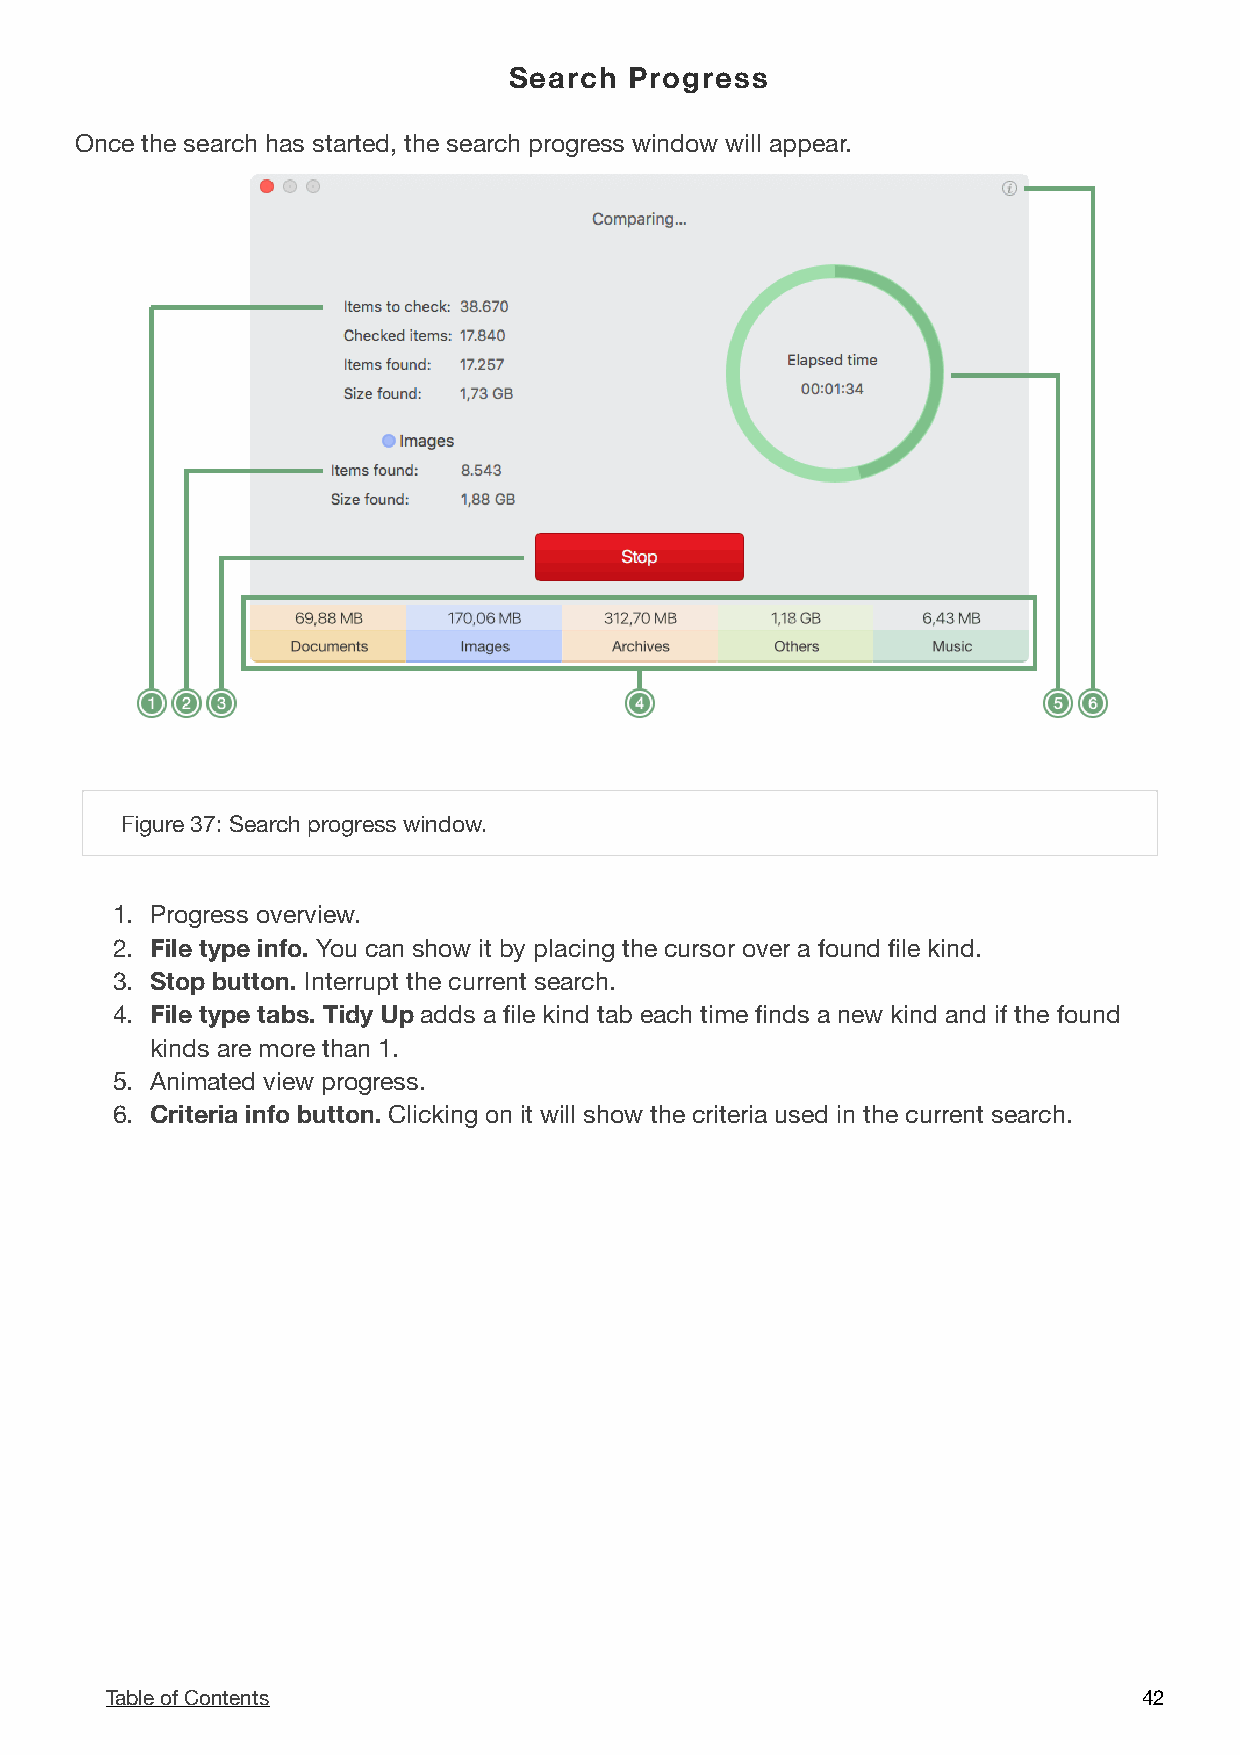
Search  Progress
 Once the search has started, the search progress window will appear.
 !
 Figure 37: Search progress window.
 1. Progress overview.
 2. File type info. You can show it by placing the cursor over a found file kind.
 3. Stop button. Interrupt the current search.
 4. File type tabs. Tidy Up adds a file kind tab each time finds a new kind and if the found
 kinds are more than 1.
 5. Animated view progress.
 6. Criteria info button. Clicking on it will show the criteria used in the current search.
 Table of Contents                                                    4 2